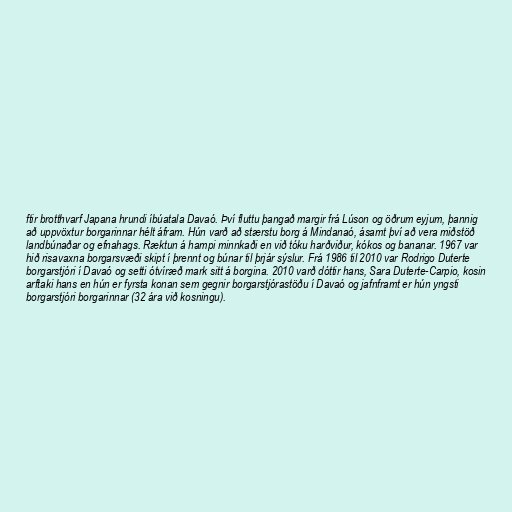
ftir brotthvarf Japana hrundi íbúatala Davaó. Því fluttu þangað margir frá Lúson og öðrum eyjum, þannig
að uppvöxtur borgarinnar hélt áfram. Hún varð að stærstu borg á Mindanaó, ásamt því að vera miðstöð
landbúnaðar og efnahags. Ræktun á hampi minnkaði en við tóku harðviður, kókos og bananar. 1967 var
hið risavaxna borgarsvæði skipt í þrennt og búnar til þrjár sýslur. Frá 1986 til 2010 var Rodrigo Duterte
borgarstjóri í Davaó og setti ótvíræð mark sitt á borgina. 2010 varð dóttir hans, Sara Duterte-Carpio, kosin
arftaki hans en hún er fyrsta konan sem gegnir borgarstjórastöðu í Davaó og jafnframt er hún yngsti
borgarstjóri borgarinnar (32 ára við kosningu).